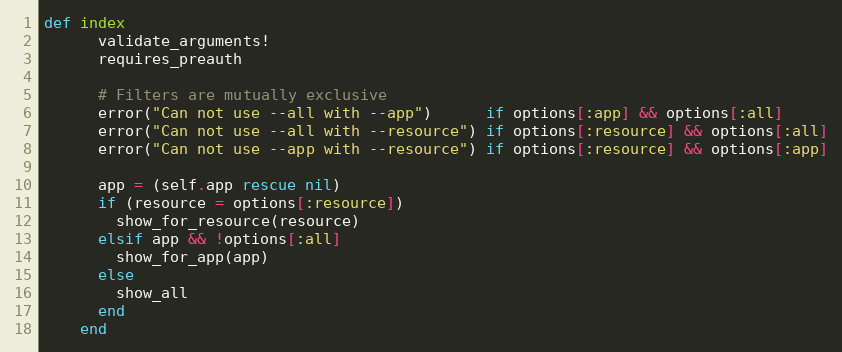
Language: Ruby
def index
      validate_arguments!
      requires_preauth

      # Filters are mutually exclusive
      error("Can not use --all with --app")      if options[:app] && options[:all]
      error("Can not use --all with --resource") if options[:resource] && options[:all]
      error("Can not use --app with --resource") if options[:resource] && options[:app]

      app = (self.app rescue nil)
      if (resource = options[:resource])
        show_for_resource(resource)
      elsif app && !options[:all]
        show_for_app(app)
      else
        show_all
      end
    end